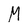
Character: M